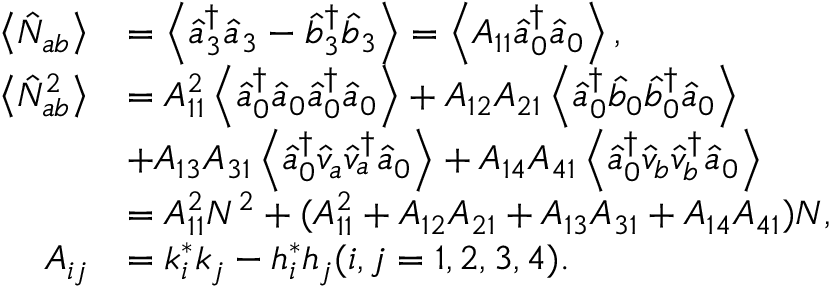
\begin{array} { r l r } { \left\langle \hat { N } _ { a b } \right\rangle } & { = \left\langle \hat { a } _ { 3 } ^ { \dag } \hat { a } _ { 3 } - \hat { b } _ { 3 } ^ { \dag } \hat { b } _ { 3 } \right\rangle = \left\langle A _ { 1 1 } \hat { a } _ { 0 } ^ { \dag } \hat { a } _ { 0 } \right\rangle , } & \\ { \left\langle \hat { N } _ { a b } ^ { 2 } \right\rangle } & { = A _ { 1 1 } ^ { 2 } \left\langle \hat { a } _ { 0 } ^ { \dag } \hat { a } _ { 0 } \hat { a } _ { 0 } ^ { \dag } \hat { a } _ { 0 } \right\rangle + A _ { 1 2 } A _ { 2 1 } \left\langle \hat { a } _ { 0 } ^ { \dag } \hat { b } _ { 0 } \hat { b } _ { 0 } ^ { \dag } \hat { a } _ { 0 } \right\rangle } & \\ & { + A _ { 1 3 } A _ { 3 1 } \left\langle \hat { a } _ { 0 } ^ { \dag } \hat { v } _ { a } \hat { v } _ { a } ^ { \dag } \hat { a } _ { 0 } \right\rangle + A _ { 1 4 } A _ { 4 1 } \left\langle \hat { a } _ { 0 } ^ { \dag } \hat { v } _ { b } \hat { v } _ { b } ^ { \dag } \hat { a } _ { 0 } \right\rangle } & \\ & { = A _ { 1 1 } ^ { 2 } N ^ { 2 } + ( A _ { 1 1 } ^ { 2 } + A _ { 1 2 } A _ { 2 1 } + A _ { 1 3 } A _ { 3 1 } + A _ { 1 4 } A _ { 4 1 } ) N , } & \\ { A _ { i j } } & { = k _ { i } ^ { \ast } k _ { j } - h _ { i } ^ { \ast } h _ { j } ( i , j = 1 , 2 , 3 , 4 ) . } & \end{array}